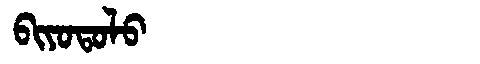
Manchu: ᠪᡳᠶᠣᡨᠣᠯᠣ
Romanization: BIYOTOLO